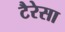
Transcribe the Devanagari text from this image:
टैरेसा